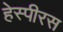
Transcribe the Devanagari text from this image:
हेस्पीरस